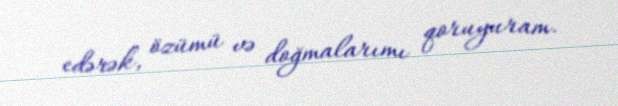
edərək, özümü və doğmalarımı qoruyuram.